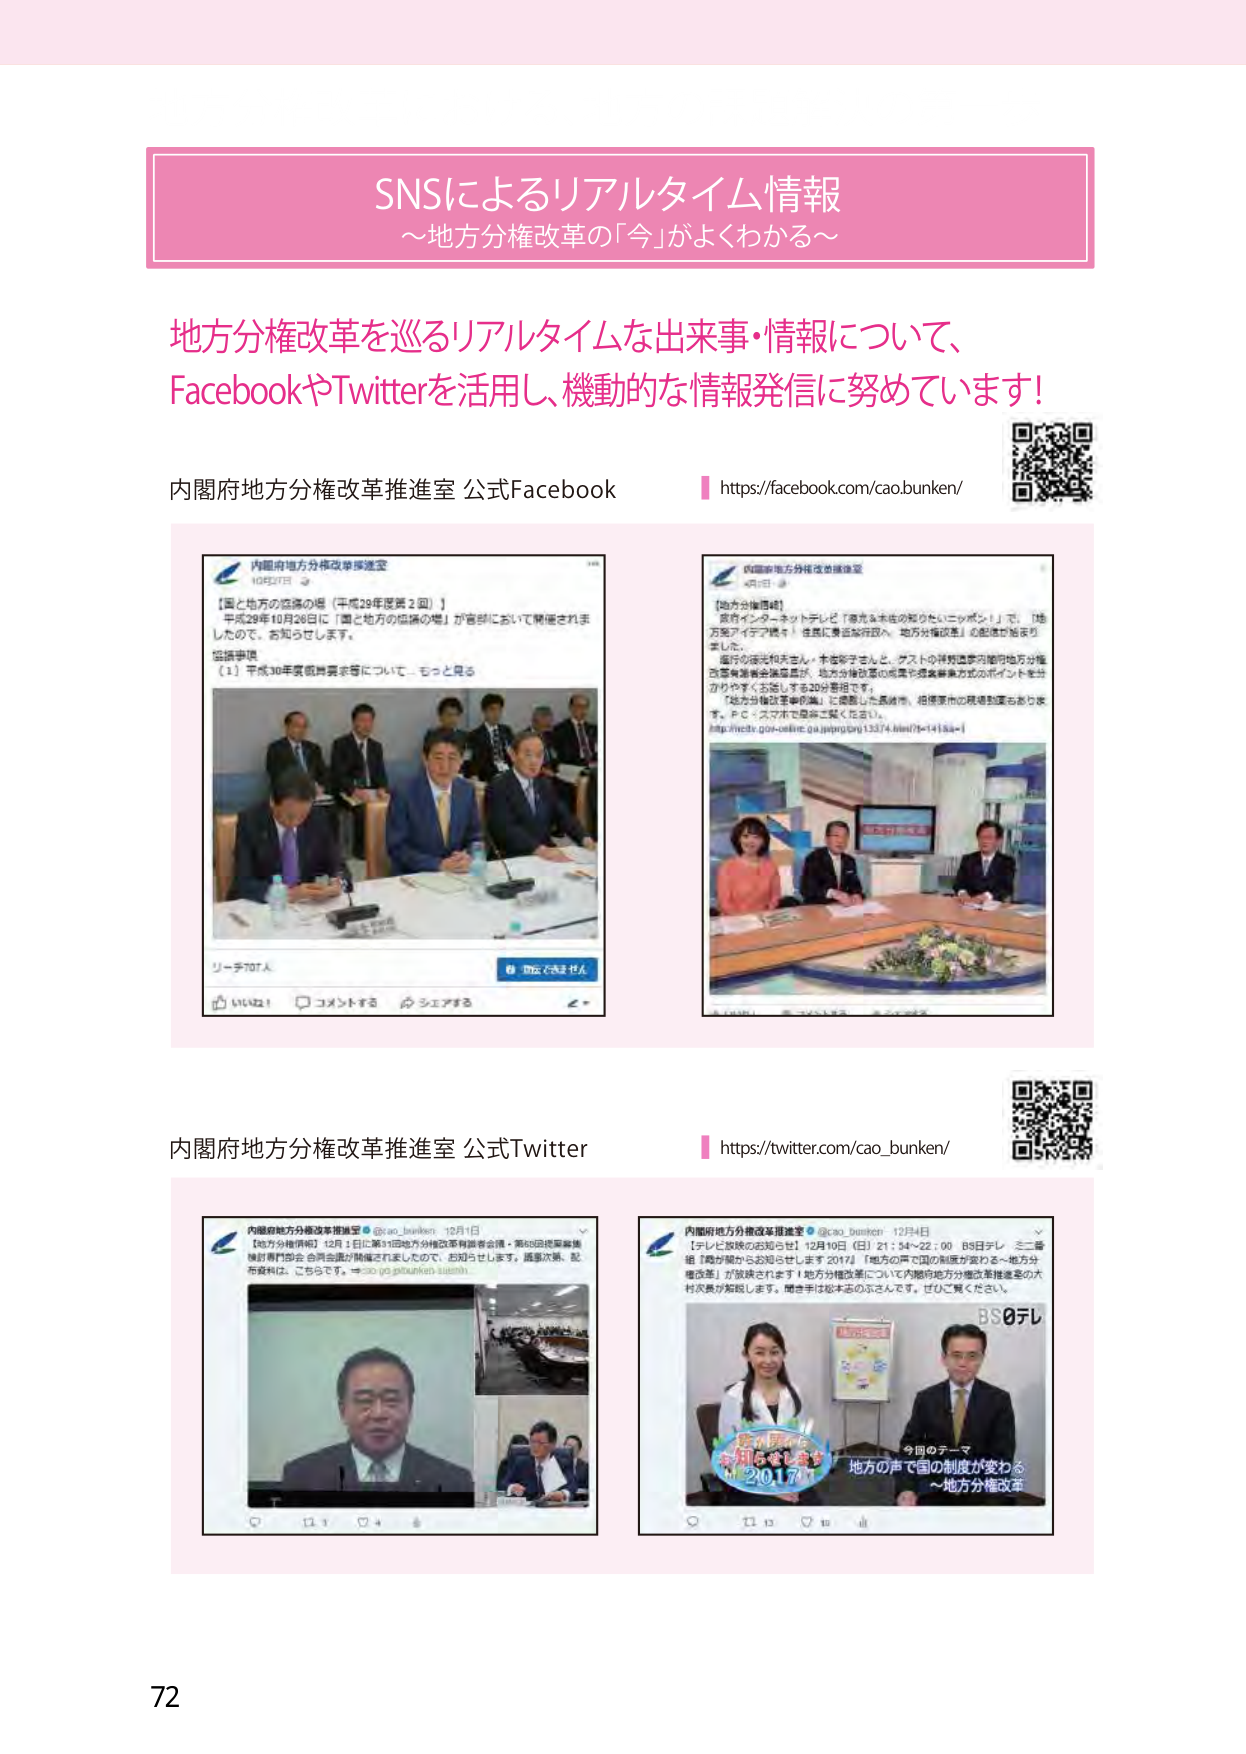
SNSによるリアルタイム情報
～地方分権改革の「今」がよくわかる～

地方分権改革を巡るリアルタイムな出来事・情報について、
FacebookやTwitterを活用し、機動的な情報発信に努めています！

内閣府地方分権改革推進室 公式Facebook
https://facebook.com/cao.bunken/

内閣府地方分権改革推進室
【国と地方の協議の場（平成29年度第2回）】
平成29年10月26日に「国と地方の協議の場」が官邸において開催されましたので、お知らせします。
協議事項
（1）平成30年度概算要求等について…もっと見る
リーチ707人
いいね！1 コメントする シェアする
閲覧済み314人

内閣府地方分権改革推進室
【地方分権推進】
政府インターネットテレビ「高光る未来の知りたいニッポン！」で、「地方発アイデア発表！住民に責任を持つ行政へ、地方分権改革」の配信が始まりました。
広行の渡辺和夫さん、本吉彩子さんと、ゲストの祥苑国際内閣府地方分権改革推進室会議委員が、地方分権改革の成果や将来事業方式のポイントを分かりやすくお話しする20分番組です。
「地方分権改革の輪」に参加した長崎市、相模原市の現場動画もお届け。
P.C.・スマホで是非ご覧ください。
http://vtech.gov-online.go.jp/program/13374.html?r=1418a=1

内閣府地方分権改革推進室 公式Twitter
https://twitter.com/cao_bunken/

内閣府地方分権改革推進室 @cao_bunken 12月1日
【地方分権改革】12月1日に第11回地方分権改革推進室会議・第63回総務審議会行政部門部会 合同会議が開催されましたので、お知らせします。議事次第、配布資料は、こちらです。⇒ cao.go.jp/bunken/11.html

内閣府地方分権改革推進室 @cao_bunken 12月1日
【テレビ放映のお知らせ】12月10日（日）21：54～22：00 BS日テレ 三重番組「噂が聞こえお知らせします2017」「地方の声で国の制度が変わる～地方分権改革」が放映されます！地方分権改革について内閣府地方分権改革推進室の六村次長が解説します。聞き手は松本志のぶさんです。ぜひご覧ください。
BS日テレ
今月のテーマ
地方の声で国の制度が変わる
～地方分権改革～

72